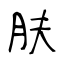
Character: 肤